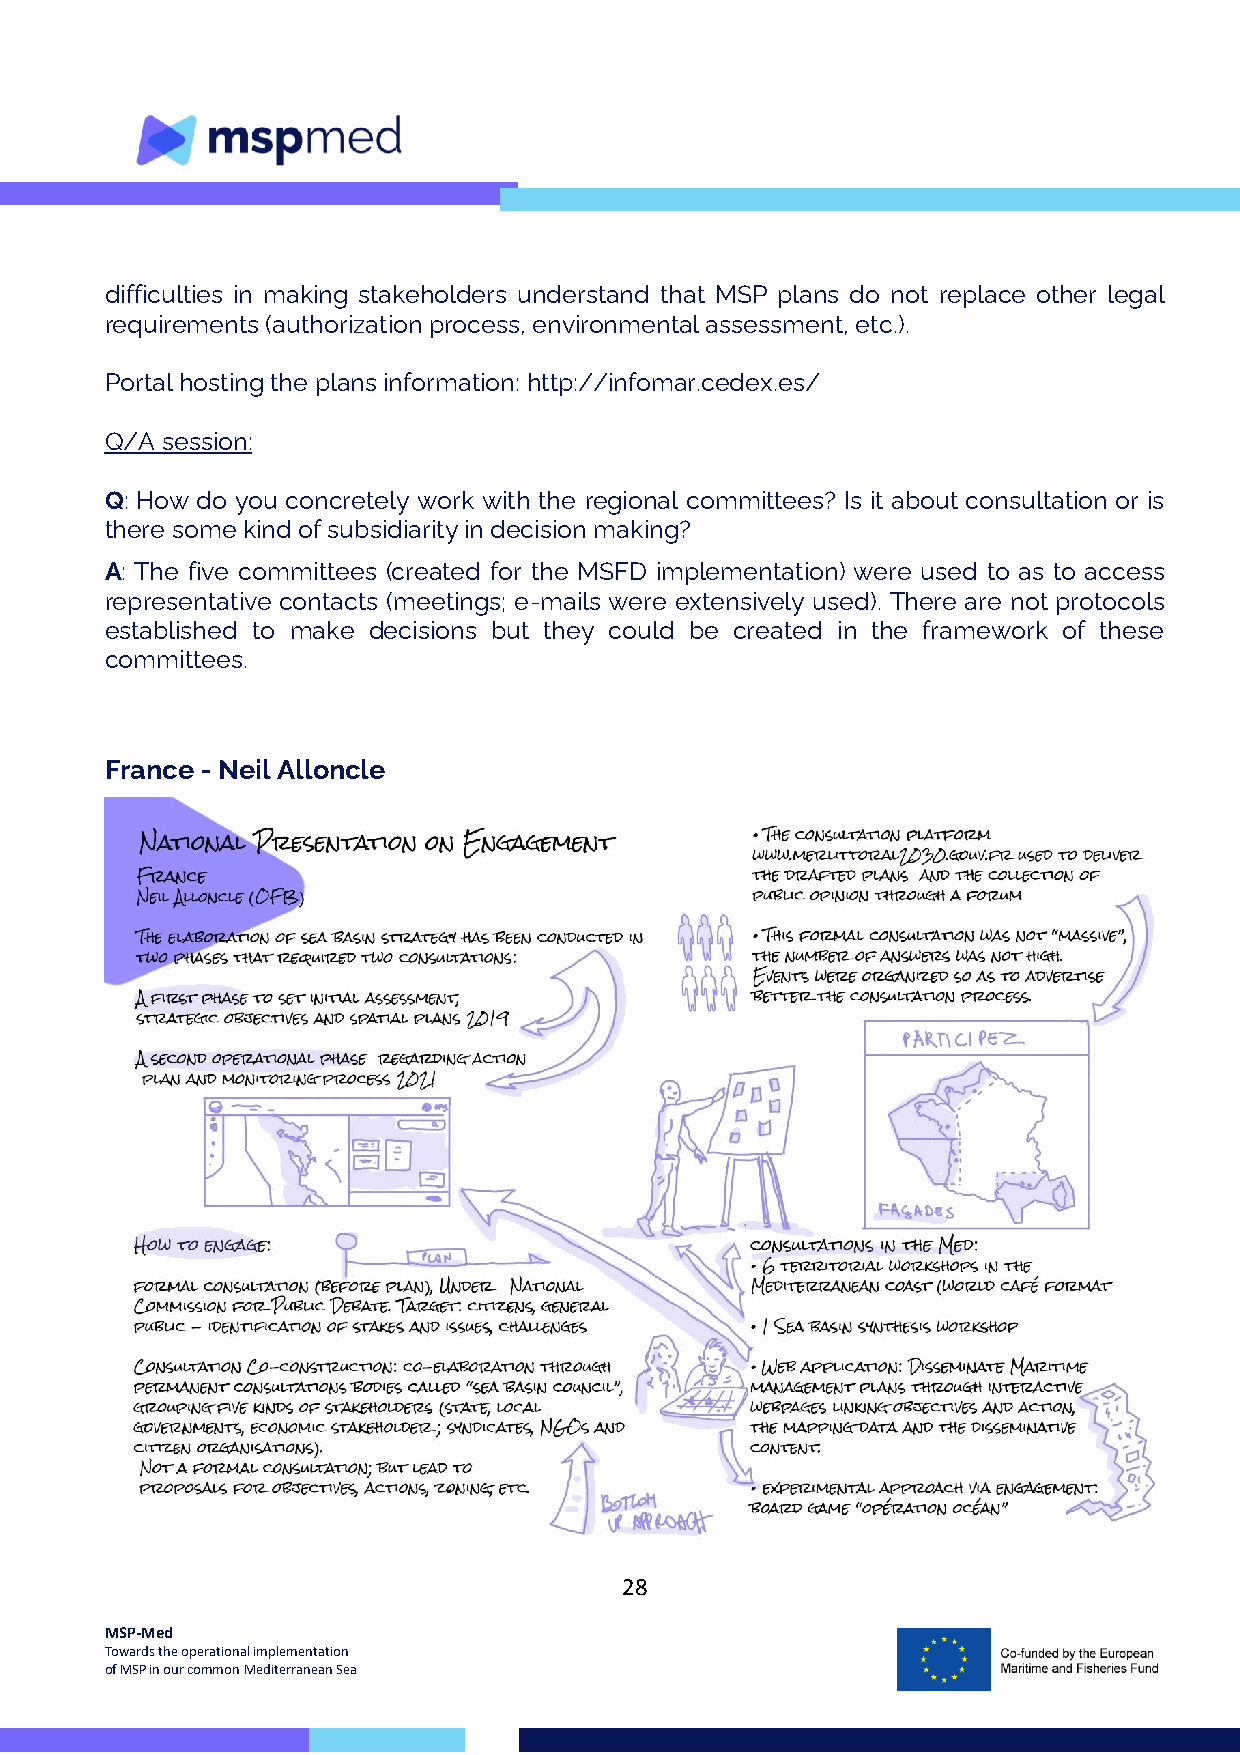
difficulties in making stakeholders understand that MSP plans do not replace other legal
 requirements (authorization process, environmental assessment, etc.).
 Portal hosting the plans information: http://infomar.cedex.es/
 Q/A session:
 Q: How do you concretely work with the regional committees? Is it about consultation or is
 there some kind of subsidiarity in decision making?
 A: The five committees (created for the MSFD implementation) were used to as to access
 representative contacts (meetings; e-mails were extensively used). There are not protocols
 established to make decisions but they could be created in the framework of these
 committees.
 France - Neil Alloncle
 28
 MSP-Med
 Towards the operational implementation
 of MSP in our common Mediterranean Sea